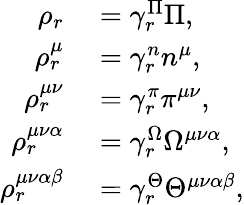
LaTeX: \begin{array}{rl}{\rho_{r}}&{{}=\gamma_{r}^{\Pi}\Pi,}\\ {\rho_{r}^{\mu}}&{{}=\gamma_{r}^{n}n^{\mu},}\\ {\rho_{r}^{\mu\nu}}&{{}=\gamma_{r}^{\pi}\pi^{\mu\nu},}\\ {\rho_{r}^{\mu\nu\alpha}}&{{}=\gamma_{r}^{\Omega}\Omega^{\mu\nu\alpha},}\\ {\rho_{r}^{\mu\nu\alpha\beta}}&{{}=\gamma_{r}^{\Theta}\Theta^{\mu\nu\alpha\beta},}\end{array}